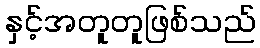
နှင့်အတူတူဖြစ်သည်